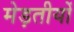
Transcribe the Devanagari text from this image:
मेड़तीयों